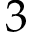
3